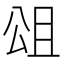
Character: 𭁎